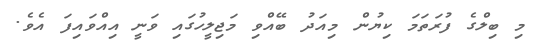
މި ބިލްގެ ފުރަތަމަ ކިޔުން މިއަދު ބޭއްވި މަޖިލީހުގައި ވަނީ އިއްވައިފަ އެވެ.